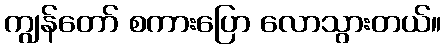
ကျွန်တော် စကားပြော လောသွားတယ်။